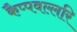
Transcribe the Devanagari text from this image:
कैप्पवल्लरि